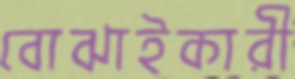
বোঝাইকারী